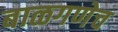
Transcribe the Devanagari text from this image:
बाळगणेच